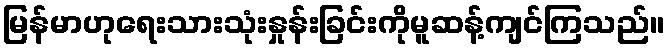
မြန်မာဟုရေးသားသုံးနှုန်းခြင်းကိုမူဆန့်ကျင်ကြသည်။